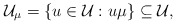
\begin{align*} \mathcal{U}_\mu=\{u\in\mathcal{U}:u\mu\}\subseteq\mathcal{U},\end{align*}